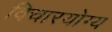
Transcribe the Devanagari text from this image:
विचारयोग्य